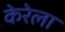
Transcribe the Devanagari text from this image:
केरेला